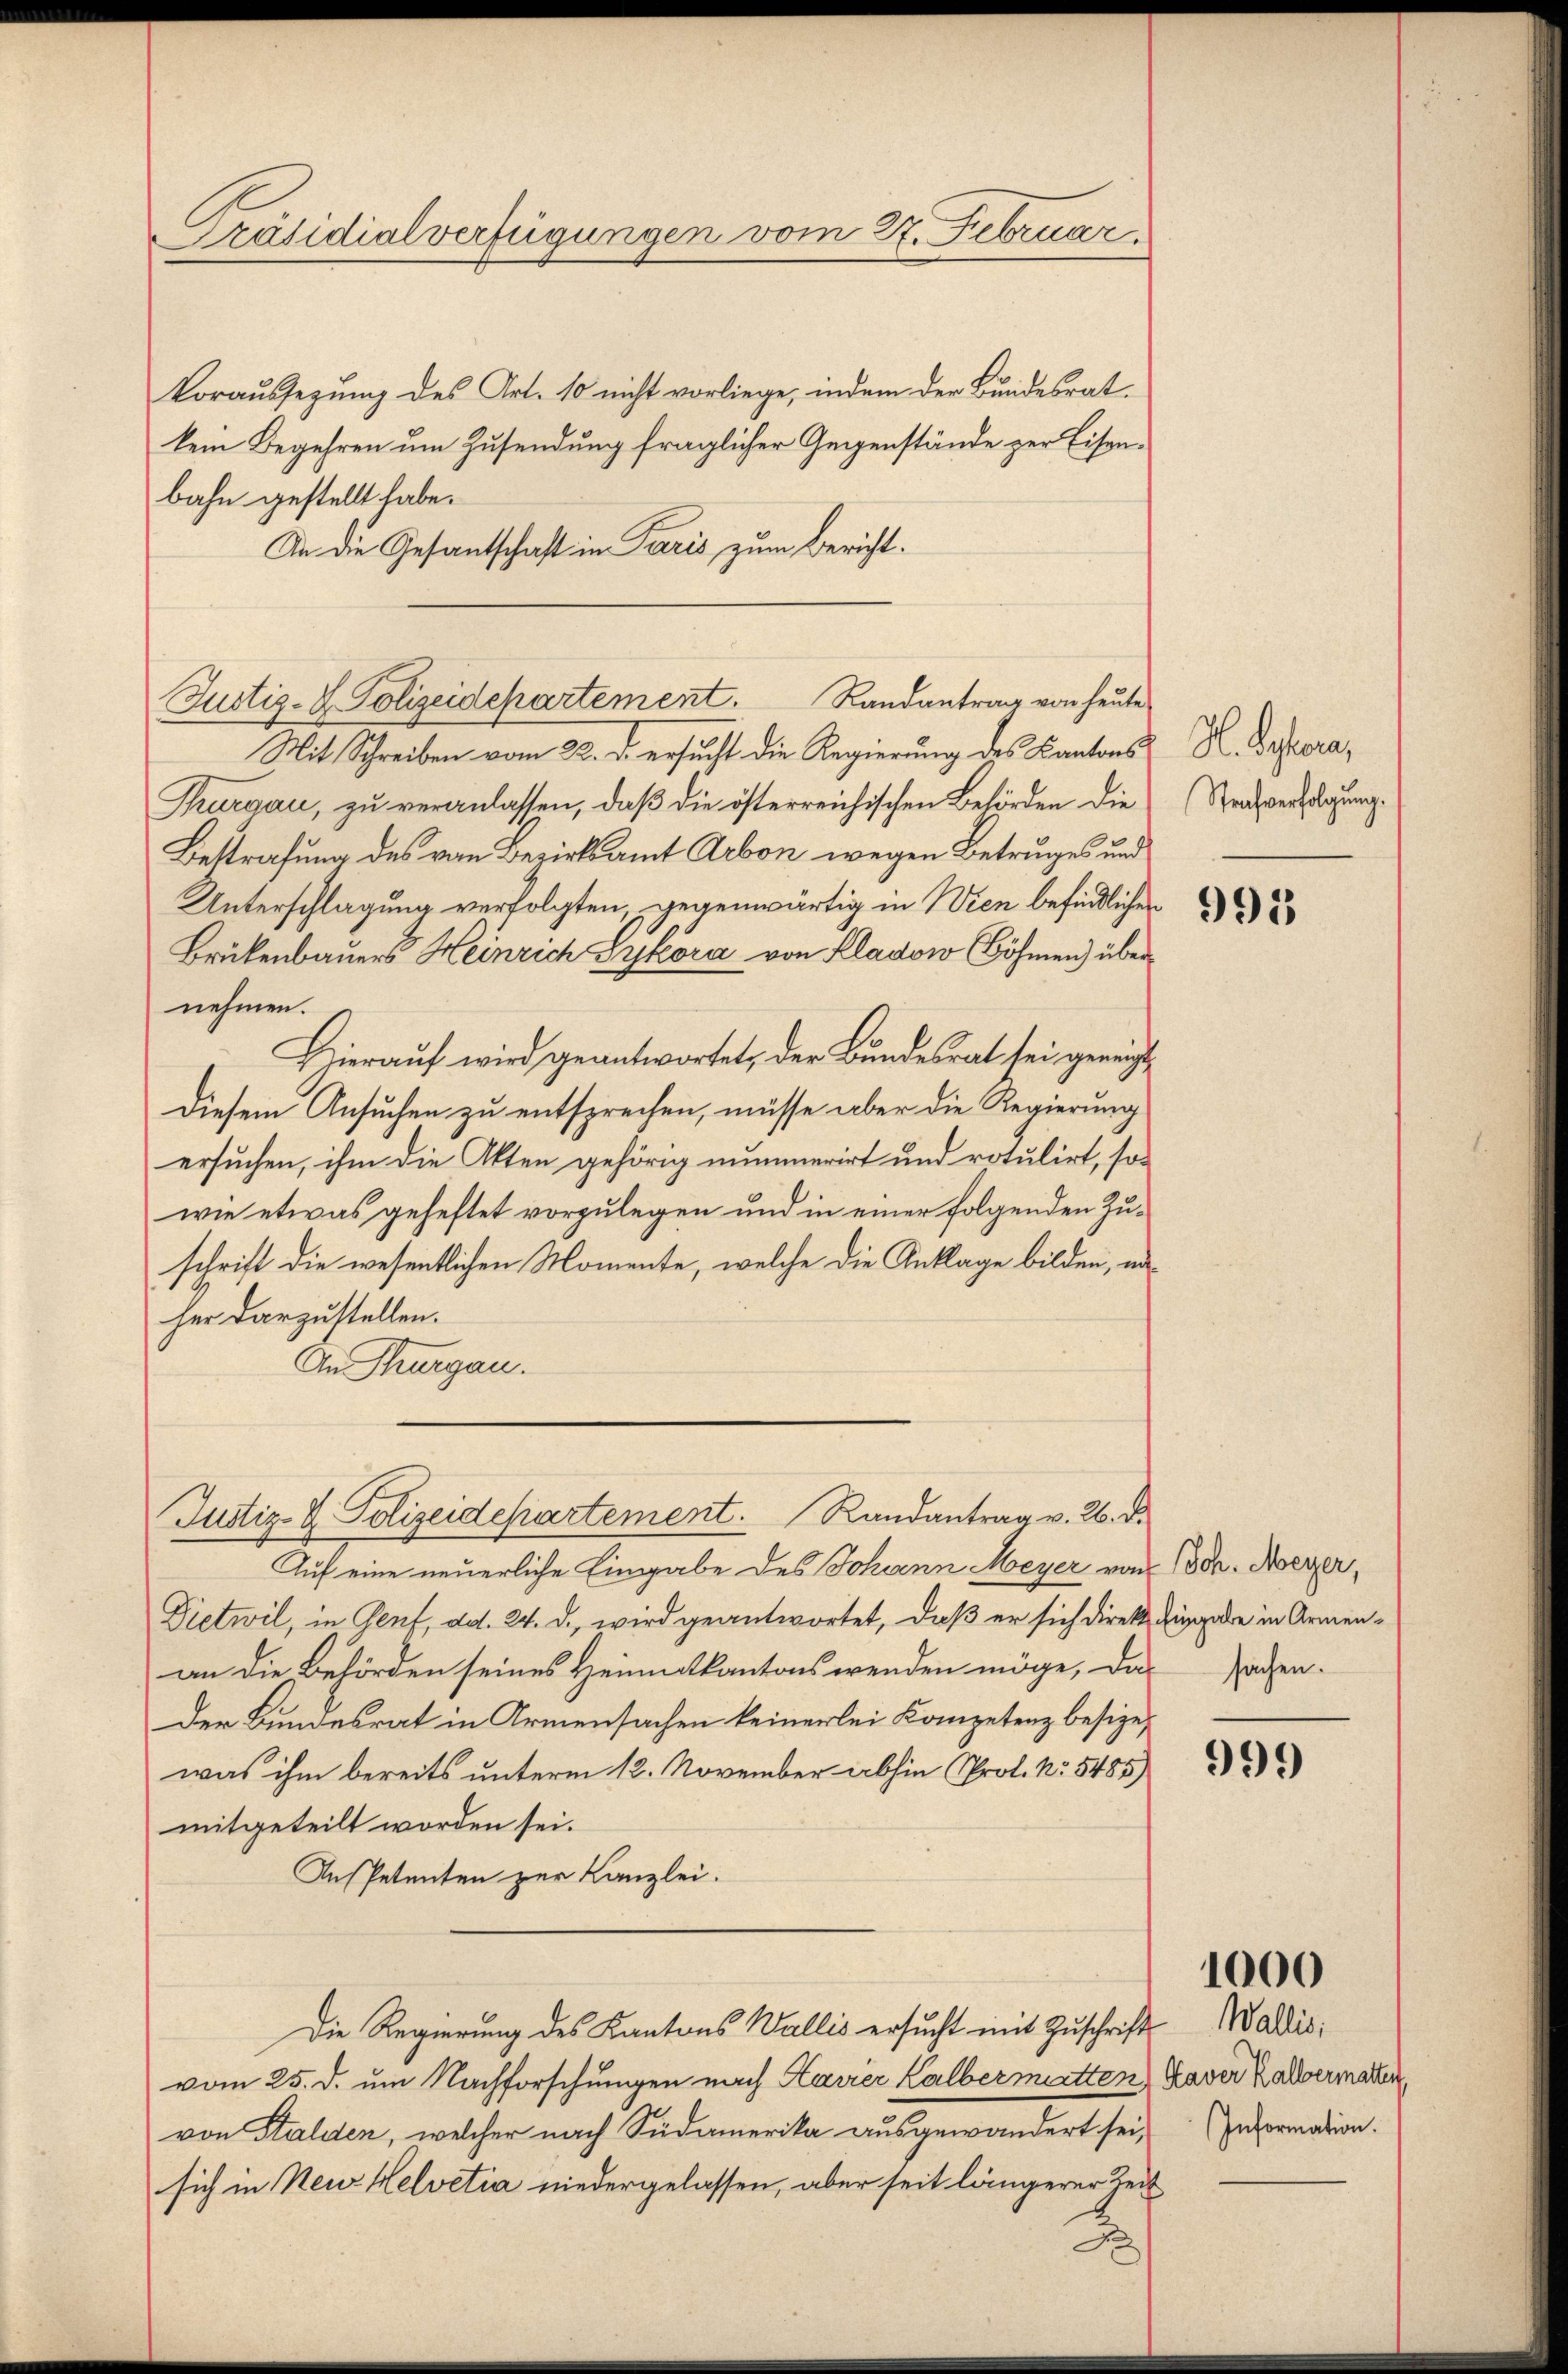
Präsidialverfügungen vom 27. Februar

Voraussezung des Art. 10 nicht vorliege, indem der Bundesrat.
kein Begehren um Zusendung fraglicher Gegenstände zur Eisenbahn gestellt habe.
An die Gesantschaft in Paris zum Bericht.

Justiz- & Polizeidepartement. Randantrag von heŭte

Mit Schreiben vom 22. d. ersucht die Regierung des Kantons
Thurgau, zu veranlassen, daß die österreichischen Behörden die Reverfügung
Bestrafung des von Bezirksamt Arbon wegen Betruges und
Unterschlagung verfolgten, gegenwärtig in Wien befindlichen
Brükenbauers Heinrich Sykora von Kladow Böhmen) übernehmen.
Hierauf wird geantwortet, der Bundesrat sei geneigt
Diesem Ansuchen zu entsprechen, müsse aber die Regierung
ersuchen, ihm die Akten gehörig nummerirt und rotulirt, so
wie etwas geheftet vorzulegen und in einer folgenden Zuschrift die wesentlichen Momente, welche die Anklage bilden, naher darzustellen.
An Thurgau.

Justiz & Polizeidepartement. Randantrag v. 26. d.

Auf eine neuerliche Eingabe des Johann Meyer von dr. Meyer,
Dietwil, in Genf, ad. 24. d., wird geantwortet, daß er sich direkt Eingabe in Armenan die Behörden seines Heimatkantons wenden möge, das achen.
Der Bundesrat in Armensachen keinerlei Kompetenz besizewas ihm bereits unterm 12. November abhin Prof. No. 5485)
mitgeteilt worden sei.
Inspetenten zur Kanzlei.
Die Regierung des Kantons Wallis ersucht mit Zuschrift Waldis
vom 25. d. um Nachforschungen nach Havier Kalbermitten Kaver er allermatten,
von Stalden, welcher nach Südamerika ausgewandert sei,
sich in Neur Helvetia niedergelassen, aber seit längerer Zeit

H. Bester,

995

999

1000

Information.